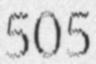
505